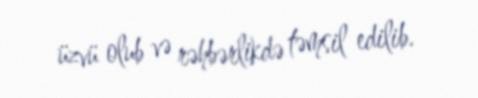
üzvü olub və rəhbərlikdə təmsil edilib.